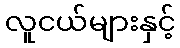
လူငယ်များနှင့်